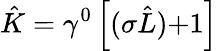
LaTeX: \hat{K}=\gamma^{0}\left[({\mathbf\sigma\hat{L})+}1\right]